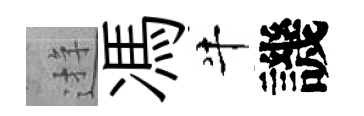
逰馮牛譏